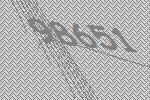
98651